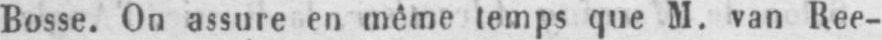
Bosse. On assure en même temps que M. van Ree-